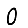
Digit: 0